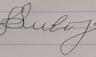
Signature authenticity: forged